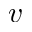
v